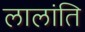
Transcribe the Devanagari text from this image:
लालांति